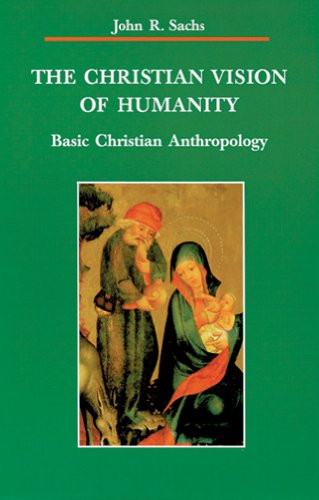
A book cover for The Christian Vision of Humanity (Zaccheus Studies New Testament); John R. Sachs.; Christian Books & Bibles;